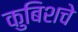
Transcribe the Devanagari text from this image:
कुबिशचे